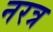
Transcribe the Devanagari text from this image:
नरत्र